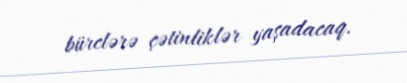
bürclərə çətinliklər yaşadacaq.